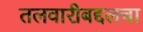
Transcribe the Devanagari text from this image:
तलवारीबद्दलचा